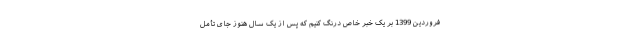
فروردین 1399 بر یک خبر خاص درنگ کنیم که پس از یک سال هنوز جای تأمل